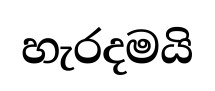
හැරදමයි